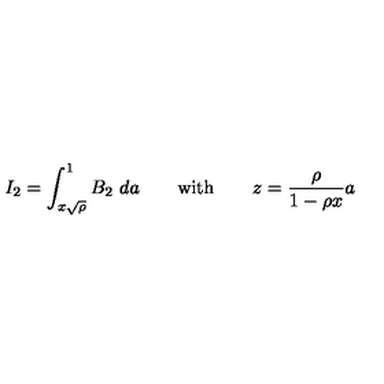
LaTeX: I _ { 2 } = \int _ { x \sqrt { \rho } } ^ { 1 } B _ { 2 } \ d a \qquad \mathrm { w i t h } \qquad { \displaystyle z = { \frac { \rho } { 1 - \rho x } } a }